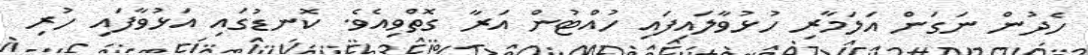
ހެދުން ނަގަން އަލަމާރި ހުޅުވާލައިފައި ހުއްޓުން އަރާ ގޮތްވިއެވެ. ކޮނޑުގައި އަޅުވާފައި ހުރި